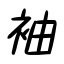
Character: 袖